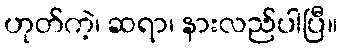
ဟုတ်ကဲ့၊ ဆရာ၊ နားလည်ပါပြီ။